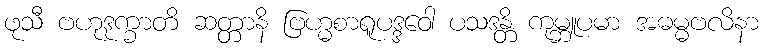
ဖုသီ ဗဟုဒုက္ခာတိ ဆတ္တာနိ ဗြဟ္မစာရူပဒ္ဒဝေါ ပသဒန္တိ ကုမ္ဘူပမာ အဓမ္မဗလိနာ